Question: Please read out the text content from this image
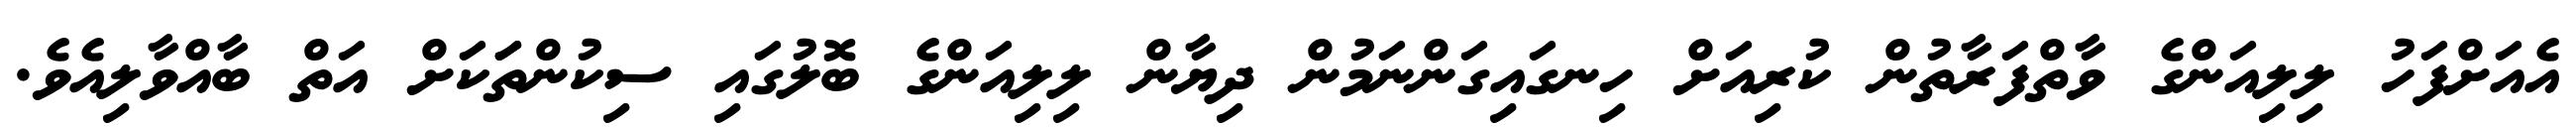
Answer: އެއަށްފަހު ލިލިއަންގެ ވާތްފަރާތުން ކުރިއަށް ހިނގައިގަންނަމުން ދިޔާން ލިލިއަންގެ ބޮލުގައި ސިކުންތަަކަށް އަތް ބާއްވާލިއެވެ.